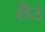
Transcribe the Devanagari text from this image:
छेउ